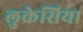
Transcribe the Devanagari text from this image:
लुक्रेसिया